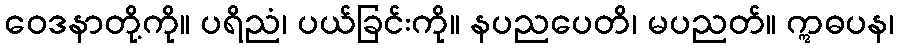
ဝေဒနာတို့ကို။ ပရိညံ၊ ပယ်ခြင်းကို။ နပညပေတိ၊ မပညတ်။ ဣဓပန၊